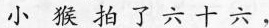
小 猴 拍 了 六 十 六 ，